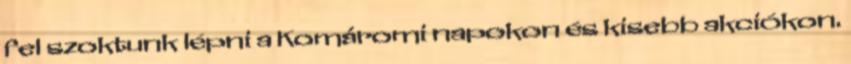
fel szoktunk lépni a Komáromi napokon és kisebb akciókon.